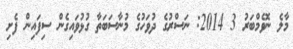
މާލެ ނޮވެމްބަރު 3 2014: ނަސްރުގެ ދުވަހުގެ މުނާސަބަތާ ގުޅުވައިގެން ސިފައިން ފެށި